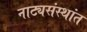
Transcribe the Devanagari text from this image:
नाट्यसंस्थांत